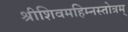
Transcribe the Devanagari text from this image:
श्रीशिवमहिम्नस्तोत्रम्